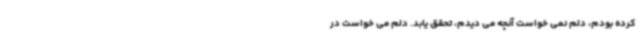
کرده بودم، دلم نمی خواست آنچه می دیدم، تحقق یابد. دلم می خواست در